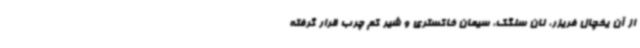
از آن یخچال فریزر، نان سنگک، سیمان خاکستری و شیر کم چرب قرار گرفته